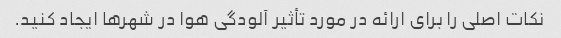
نکات اصلی را برای ارائه در مورد تأثیر آلودگی هوا در شهرها ایجاد کنید.